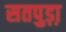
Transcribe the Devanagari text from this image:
सतपुड़ा़